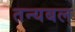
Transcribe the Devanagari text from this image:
तन्यबल